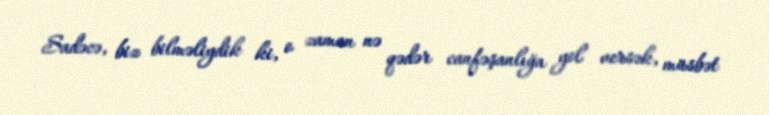
Sadəcə, biz bilməliydik ki, o zaman nə qədər canfəşanlığa yol versək, müsbət